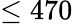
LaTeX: \leq 470